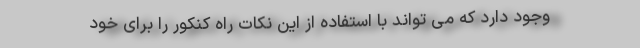
وجود دارد که می تواند با استفاده از این نکات راه کنکور را برای خود